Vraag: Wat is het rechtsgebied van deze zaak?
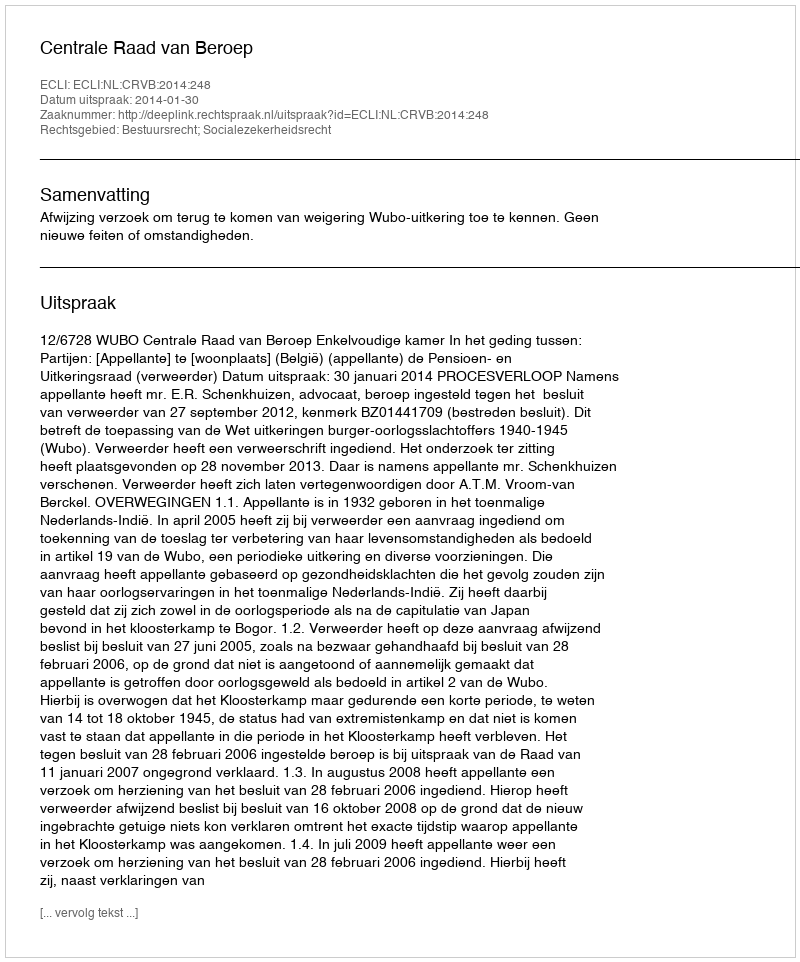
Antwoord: Bestuursrecht; Socialezekerheidsrecht